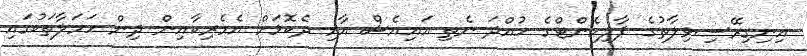
އިނިގިރޭސިވިލާތުގެ ޕާލިމެންޓްގެ ހުއްދަ ނެތި އައިއެސް އާއި ދެކޮޅަށް އެމެރިކާއިން ދިން ހަމަލާތަކުގައި